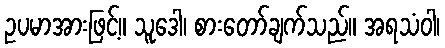
ဥပမာအားဖြင့်။ သူဒေါ၊ စားတော်ချက်သည်။ အရသံဝါ၊